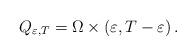
LaTeX: \begin{align*}Q_{\varepsilon ,T}=\Omega \times \left( \varepsilon ,T-\varepsilon \right) .\end{align*}